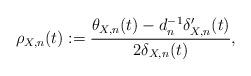
LaTeX: \begin{align*} \rho_{X,n}(t) := \frac{\theta_{X,n}(t) - d_n^{-1} \delta_{X,n}'(t)}{2\delta_{X,n}(t)},\end{align*}